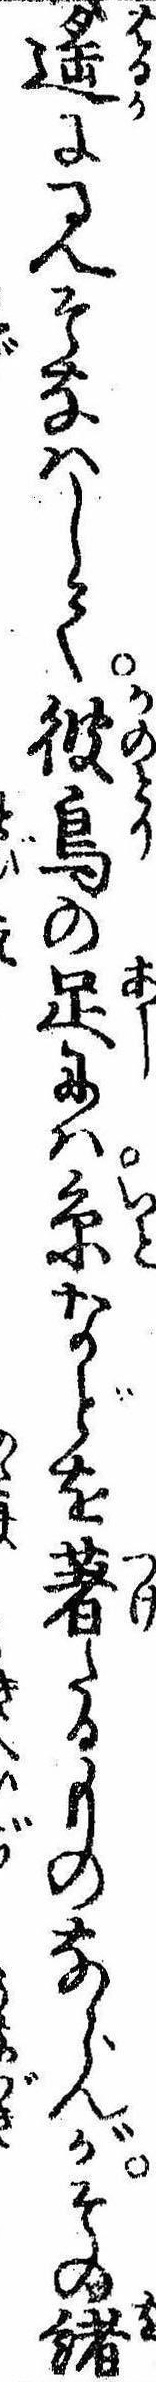
遥に見そなはして彼鳥の足には糸などを著たるものならんがその緒